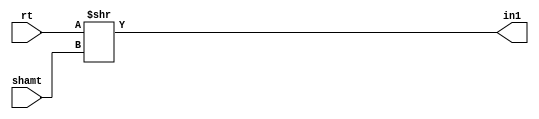
module srl
(
  input  [31:0] rt,
  input   [4:0] shamt,
  output [31:0] in1
);

  
  assign in1 = rt >> shamt;
  
endmodule